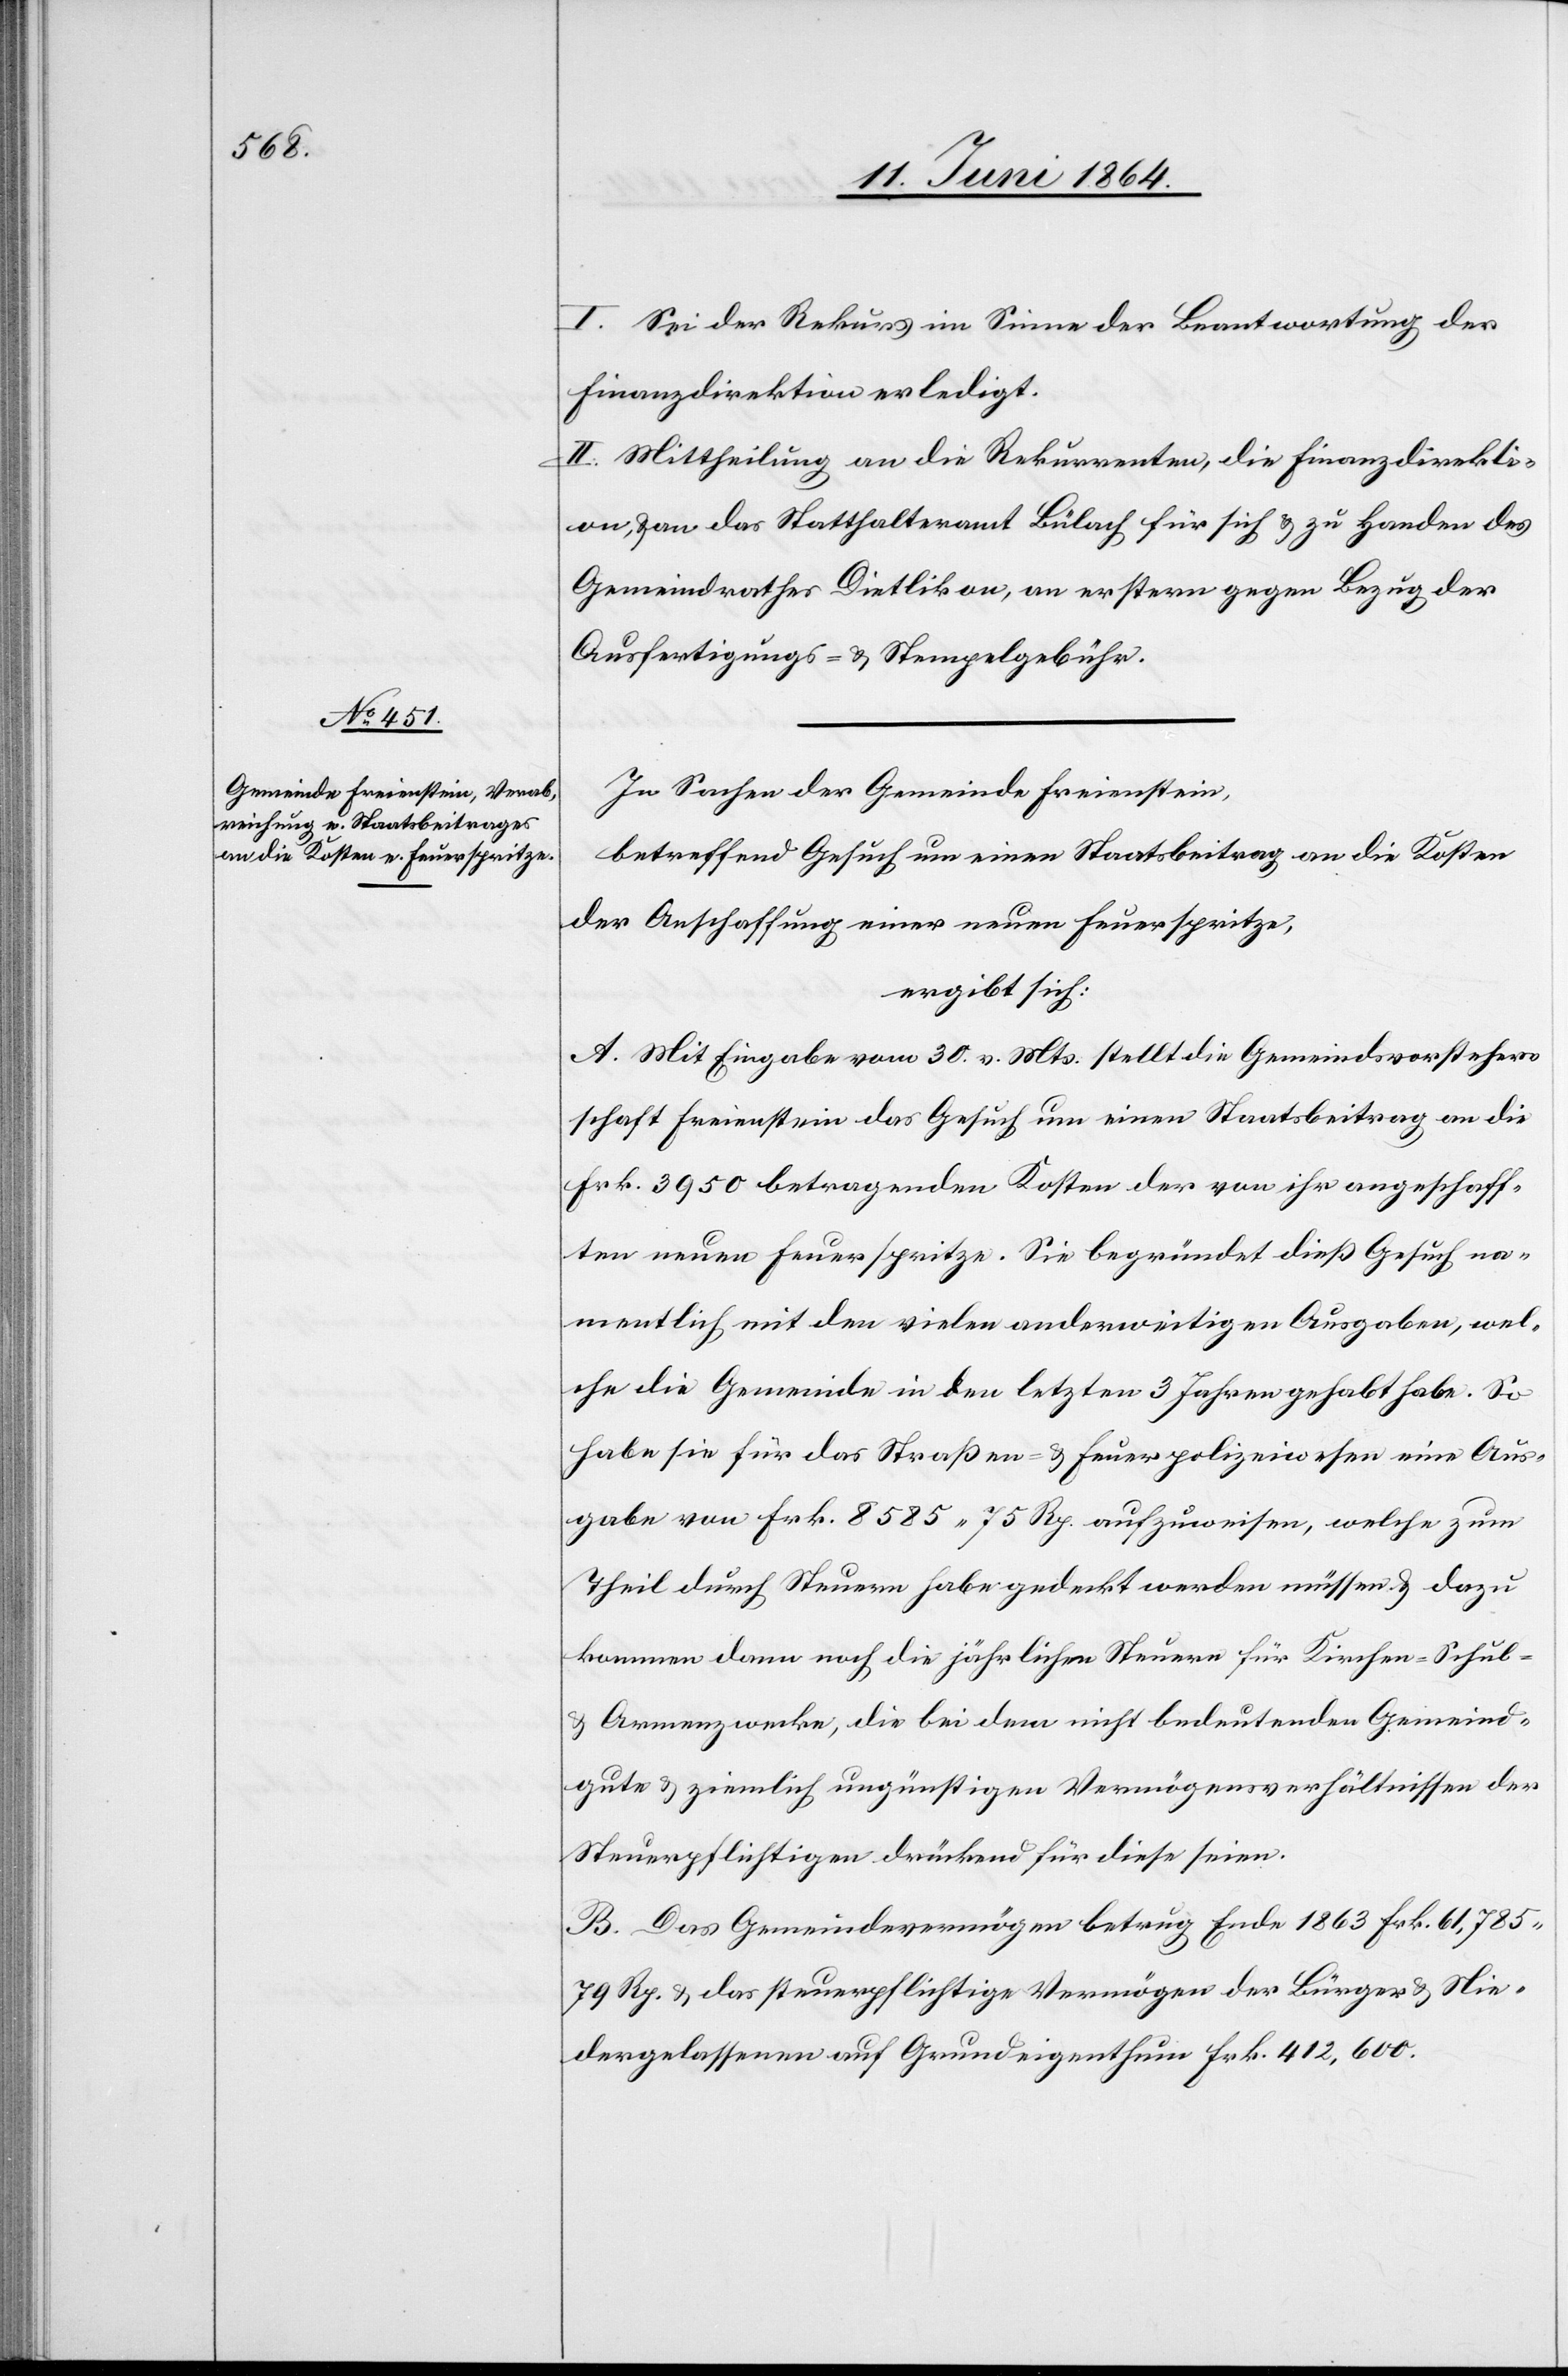
I. Sei der Rekurs im Sinne der Beantwortung der
Finanzdirektion erledigt.
II. Mittheilung an die Rekurrenten, die Finanzdirekti¬
on, u. an das Statthalteramt Bülach für sich u. zu Handen des
Gemeindrathes Dietlikon, an erstern gegen Bezug der
Ausfertigungs- u. Stempelgebühr.
In Sachen der Gemeinde Freienstein,
betreffend Gesuch um einen Staatsbeitrag an die Kosten
der Anschaffung einer neuen Feuerspritze,
ergibt sich:
A. Mit Eingabe vom 30. v. Mts. stellt die Gemeindsvorsteher¬
schaft Freienstein das Gesuch um einen Staatsbeitrag an die
Frk. 3950 betragenden Kosten der von ihr angeschaff¬
ten neuen Feuerspritze. Sie begründet dieß Gesuch na¬
mentlich mit den vielen anderweitigen Ausgaben, wel¬
che die Gemeinde in den letzten 3 Jahren gehabt habe. So
habe sie für das Straßen u. Feuerpolizeiwesen eine Aus¬
gabe von Frk. 8585 75 Rp. aufzuweisen, welche zum
Theil durch Steuern habe gedeckt werden müssen u. dazu
kommen dann noch die jährlichen Steuern für Kirchen-[,] Schul-
u. Armenzwecke, die bei dem nicht bedeutenden Gemeind¬
gute u. ziemlich ungünstigen Vermögensverhältnissen der
Steuerpflichtigen drückend für diese seien.
B. Das Gemeindevermögen betrug Ende 1863 Frk. 61,785
79 Rp. u. das steuerpflichtige Vermögen der Bürger u. Nie¬
dergelassenen auf Grundeigenthum Frk. 412,600.